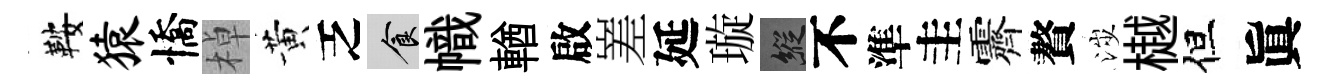
鞍猿憍棹黄乏食幟輶啟嵳延璇縱不準圭霽贅涉樾但眞